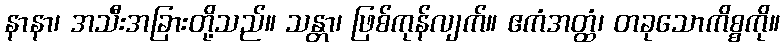
နာနာ၊ အသီးအခြားတို့သည်။ သန္တာ၊ ဖြစ်ကုန်လျက်။ ဧကံအတ္ထံ၊ တခုသောကိစ္စကို။